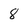
Character: 8